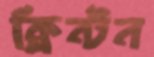
ক্লিন্টন